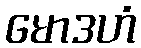
မောဒဟံ